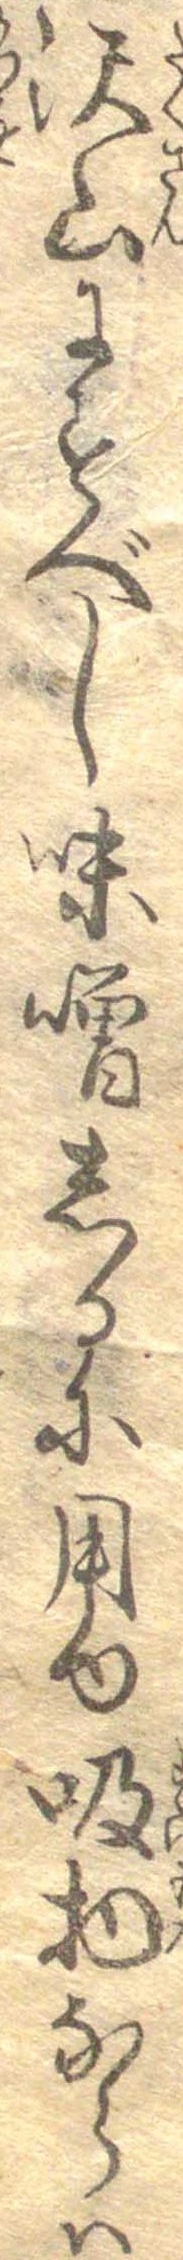
沢山にすべし味噌しるに用ゆ吸物ならは